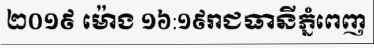
២០១៩ ម៉ោង ១៦:១៩រាជធានីភ្នំពេញ